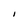
Character: l